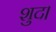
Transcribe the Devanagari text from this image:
शुद।